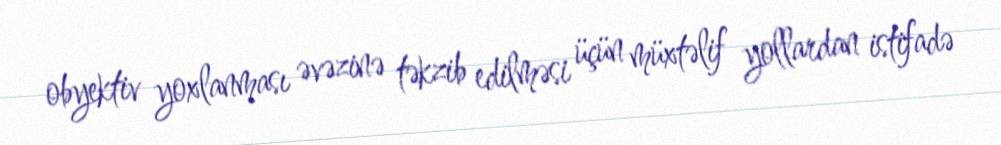
obyektiv yoxlanması əvəzinə təkzib edilməsi üçün müxtəlif yollardan istifadə